Scientific memoirs by medical officers of the Army of India - Part VI,
Year: 1891
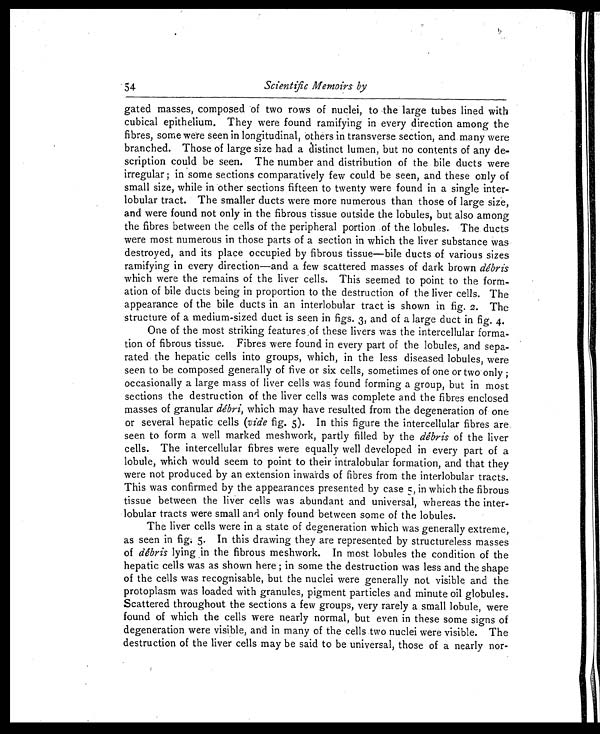
Scientific Memoirs by
gated masses, composed of two rows of nuclei, to the large tubes lined with
cubical epithelium. They were found ramifying in every direction among the
fibres, some were seen in longitudinal, others in transverse section, and many were
branched. Those of large size had a distinct lumen, but no contents of any de
- s c r i p t i o n c o u l d b e s e e n . T h e n u m b e r a n d d i s t r i b u t i o n o f t h e b i l e d u c t s w e r e
irregular; in some sections comparatively few could be seen, and these only of
small size, while in other sections fifteen to twenty were found in a single inter
- l o b u l a r t r a c t . T h e s m a l l e r d u c t s w e r e m o r e n u m e r o u s t h a n t h o s e o f l a r g e s i z e ,
and were found not only in the fibrous tissue outside the lobules, but also among
the fibres between the cells of the peripheral portion of the lobules. The ducts
were most numerous in those parts of a section in which the liver substance was
destroyed, and its place occupied by fibrous tissue—bile ducts of various sizes
ramifying in every direction—and a few scattered masses of dark brown debris
which were the remains of the liver cells. This seemed to point to the form-
- a t i o n o f b i l e d u c t s b e i n g i n p r o p o r t i o n t o t h e d e s t r u c t i o n o f t h e l i v e r c e l l s . T h e
appearance of the bile ducts in an interlobular tract is shown in fig. 2. The
structure of a medium-sized duct is seen in figs. 3, and of a large duct in fig. 4.
One of the most striking features of these livers was the intercellular forma-
- tion of fibrous tissue. Fibres were found in every part of the lobules, and sepa
- r a t e d t h e h e p a t i c c e l l s i n t o g r o u p s , w h i c h , i n t h e l e s s d i s e a s e d l o b u l e s , w e r e
seen to be composed generally of five or six cells, sometimes of one or two only;
occasionally a large mass of liver cells was found forming a group, but in most
sections the destruction of the liver cells was complete and the fibres enclosed
masses of granular debri, which may have resulted from the degeneration of one
or several hepatic cells (vide fig. 5). In this figure the intercellular fibres are
seen to form a well marked meshwork, partly filled by the debris of the liver
cells. The intercellular fibres were equally well developed in every part of a
lobule, which would seem to point to their intralobular formation, and that they
were not produced by an extension inwards of fibres from the interlobular tracts.
This was confirmed by the appearances presented by case 5, in which the fibrous
tissue between the liver cells was abundant and universal, whereas the inter-
-
lobular tracts were small and only found between some of the lobules.
The liver cells were in a state of degeneration which was generally extreme,
as seen in fig. 5. In this drawing they are represented by structureless masses
of debris lying in the fibrous meshwork. In most lobules the condition of the
hepatic cells was as shown here; in some the destruction was less and the shape
of the cells was recognisable, but the nuclei were generally not visible and the
protoplasm was loaded with granules, pigment particles and minute oil globules.
Scattered throughout the sections a few groups, very rarely a small lobule, were
found of which the cells were nearly normal, but even in these some signs of
degeneration were visible, and in many of the cells two nuclei were visible. The
destruction of the liver cells may be said to be universal, those of a nearly nor-
54